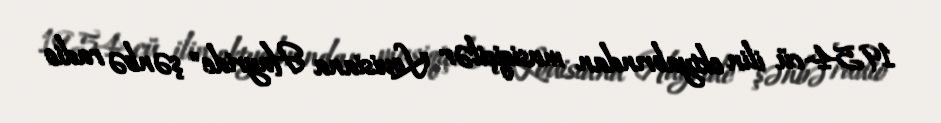
1954-cü ilin oktyabrından musiqiçilər "Louisiana Hayride" şənbə radio